Civil Veterinary Dept. Bombay admin report 1923-31 - 1923-1931
Year: 1923
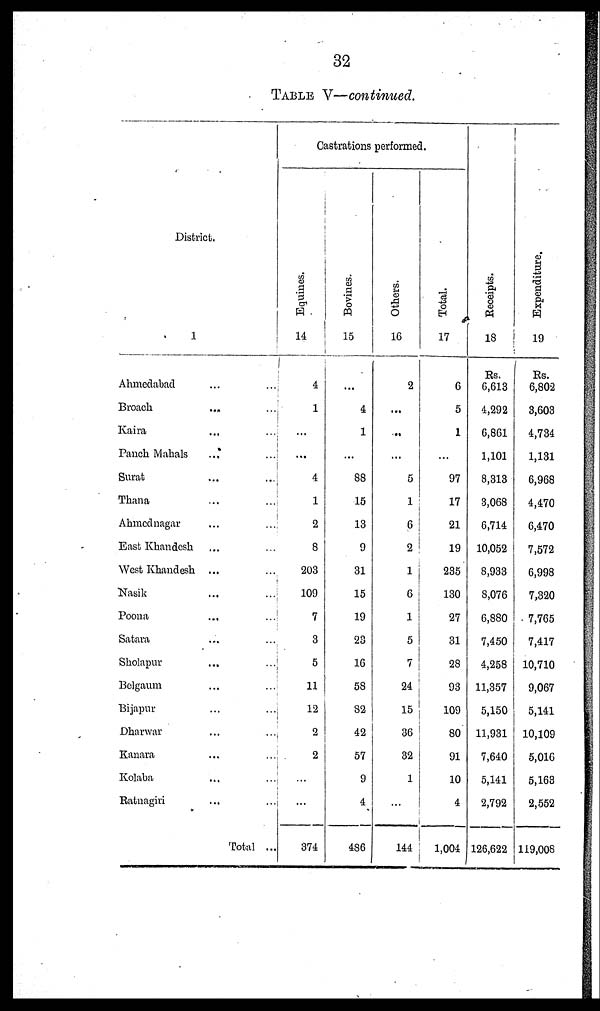
32
TABLE V—continued.
District.
1
Ahmedabad
...
...
Broach
... ...
Kaira
...
...
Panch Mahals
...
...
Surat
...
...
Thana ... ...
Ahmednagar
...
...
East Khandesh ... ...
West Khandesh ... ...
Nasik ... ...
Poona ... ...
Satara ... ...
Sholapur ... ...
Belgaum ... ...
Bijapur ... ...
Dharwar ... ...
Kanara ... ...
Kolaba ... ...
Ratnagiri ... ...
Total ...
Castrations performed.
Equines.
14
4
1
...
...
4
1
2
8
203
109
7
3
5
11
12
2
2
...
...
374
Bovines.
15
...
4
1
...
88
15
13
9
31
15
19
23
16
58
S2
42
57
9
4
486
Ot her s .
16
2
...
...
...
5
1
6
2
1
6
1
5
7
24
15
36
32
1
...
144
Tot al .
17
6
5
1
...
97
17
21
19
235
130
27
31
28
93
109
80
91
10
4
1,004
Receipts.
18
Rs.
6,613
4,292
6,861
1,101
8,313
3,068
6,714
10,052
8,933
8,076
6,880
7,450
4,258
11,357
5,150
11,931
7,640
5,141
2,792
126,622
Expenditure.
19
Rs.
6,802
3,603
4,734
1,131
6,968
4,470
6,470
7,572
6,998
7,320
7,765
7,417
10,710
9,067
5,141
10,109
5,016
5,163
2,552
119,008